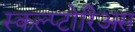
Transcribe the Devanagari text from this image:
स्कल्प्टोरिअस